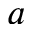
a